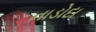
નાડોદા